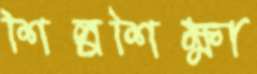
শিল্পশিক্ষা